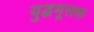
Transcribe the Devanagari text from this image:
युद्धमूलक